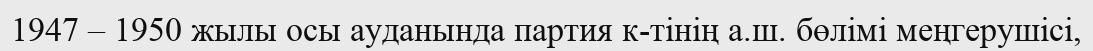
1947 – 1950 жылы осы ауданында партия к-тінің а.ш. бөлімі меңгерушісі,